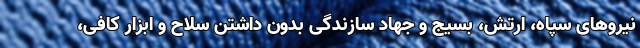
نیروهای سپاه، ارتش، بسیج و جهاد سازندگی بدون داشتن سلاح و ابزار کافی،